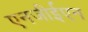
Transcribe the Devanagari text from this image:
एनजीईएन